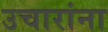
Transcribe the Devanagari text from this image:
उचारांना